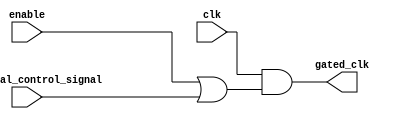
module clock_gating (
    input wire clk,                           // Main clock signal
    input wire enable,                        // Enable signal for memory block
    input wire additional_control_signal,     // Additional control signal (optional)
    output wire gated_clk                     // Gated clock signal for memory block
);

// Combinational logic to generate gated clock
assign gated_clk = clk & (enable | additional_control_signal);

endmodule